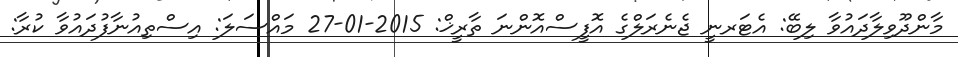
މާންދޫވިލާދައުވާ ލިބޭ: އެޓަރނީ ޖެނެރަލްގެ އޮފީސްއޮންނަ ތާރީޚް: 2015-01-27 މައްސަލަ: އިސްތިއުނާފުދައުވާ ކުރާ: